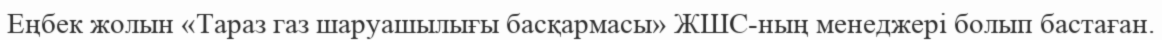
Еңбек жолын «Тараз газ шаруашылығы басқармасы» ЖШС-ның менеджері болып бастаған.